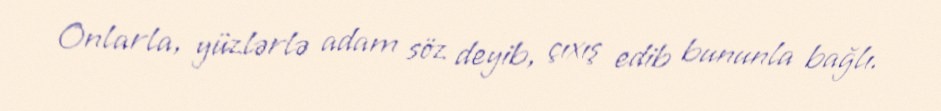
Onlarla, yüzlərlə adam söz deyib, çıxış edib bununla bağlı.